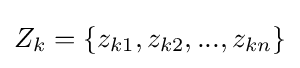
Z_{k}=\{z_{k1},z_{k2},...,z_{kn}\}